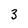
Character: 3